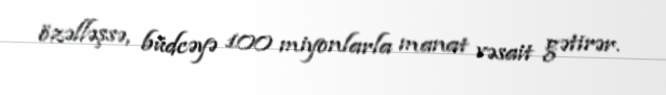
özəlləşsə, büdcəyə 100 miyonlarla manat vəsait gətirər.